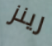
رينز